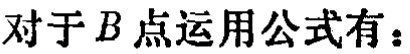
对于\(B\)点运用公式有：